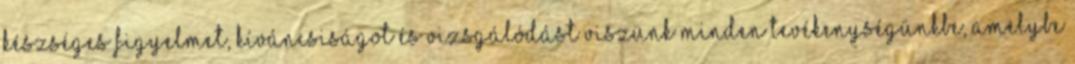
készséges figyelmet, kíváncsiságot és vizsgálódást viszünk minden tevékenységünkbe, amelybe